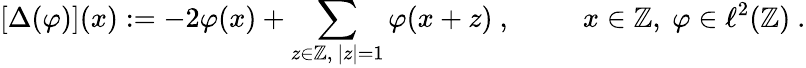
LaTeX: \lbrack\Delta(\varphi)](x):=-2\varphi(x)+\sum_{z\in\mathbb{Z},\mathrm{~}|z|=1}\varphi(x+z)\ ,\mathrm{~\qquad~}x\in\mathbb{Z},\ \varphi\in\ell^{2}(\mathbb{Z})\ .